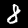
Digit: 8